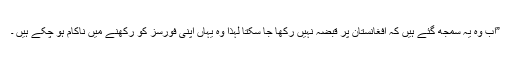
”اب وہ یہ سمجھ گئے ہیں کہ افغانستان پر قبضہ نہیں رکھا جا سکتا لہذا وہ یہاں اپنی فورسز کو رکھنے میں ناکام ہو چکے ہیں ۔